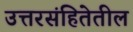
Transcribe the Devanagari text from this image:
उत्तरसंहितेतील